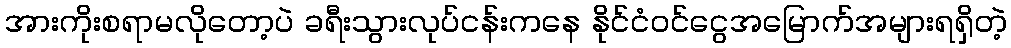
အားကိုးစရာမလိုတော့ပဲ ခရီးသွားလုပ်ငန်းကနေ နိုင်ငံ၀င်ငွေအမြောက်အများရရှိတဲ့